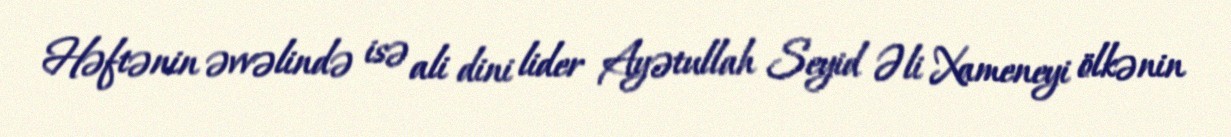
Həftənin əvvəlində isə ali dini lider Ayətullah Seyid Əli Xameneyi ölkənin